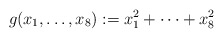
\begin{align*}g(x_1,\ldots,x_8):=x_1^2+\cdots+x_8^2\end{align*}